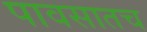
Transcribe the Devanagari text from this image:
पावसातच